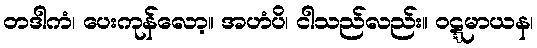
တဒါကံ၊ ပေးကုန်လော့။ အဟံပိ၊ ငါသည်လည်း။ ဝဋ္ဋမာယန၊